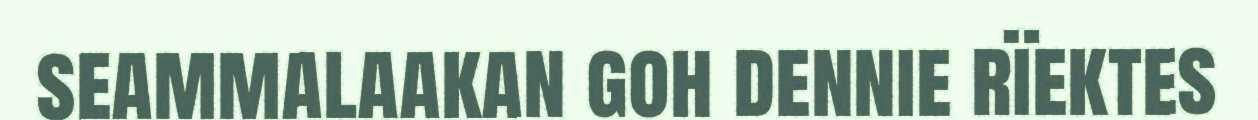
seammalaakan goh dennie rïektes